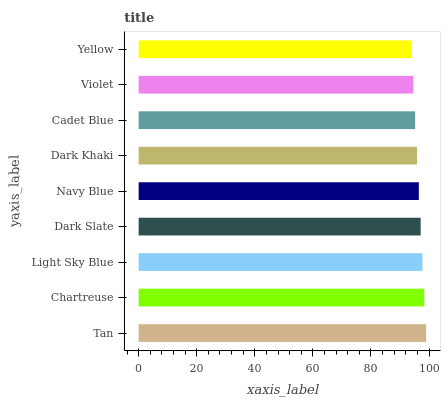
| yaxis_label | bars |
 | --- | --- |
 | Tan | 99 |
 | Chartreuse | 98.4 |
 | Light Sky Blue | 97.7 |
 | Dark Slate | 97.1 |
 | Navy Blue | 96.5 |
 | Dark Khaki | 95.9 |
 | Cadet Blue | 95.2 |
 | Violet | 94.6 |
 | Yellow | 94 |